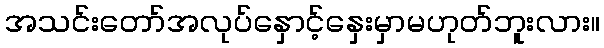
အသင်းတော်အလုပ်နှောင့်နှေးမှာမဟုတ်ဘူးလား။